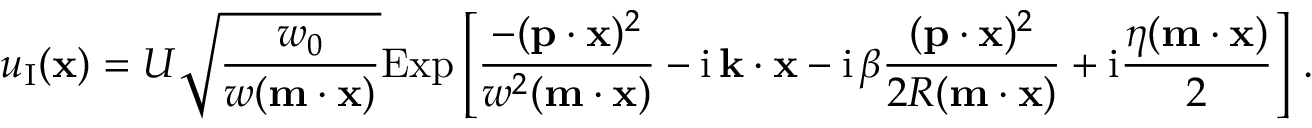
u _ { \textup I } ( { \bf x } ) = U \sqrt { \frac { w _ { 0 } } { w ( { \bf m } \cdot { \bf x } ) } } \mathrm { E x p } \left[ \frac { - ( { \bf p } \cdot { \bf x } ) ^ { 2 } } { w ^ { 2 } ( { \bf m } \cdot { \bf x } ) } - \mathrm { i } \, { \bf k } \cdot { \bf x } - \mathrm { i } \, \beta \frac { ( { \bf p } \cdot { \bf x } ) ^ { 2 } } { 2 R ( { \bf m } \cdot { \bf x } ) } + \mathrm { i } \frac { \eta ( { \bf m } \cdot { \bf x } ) } { 2 } \right] \, .